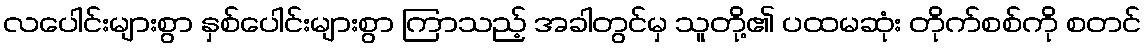
လပေါင်းများစွာ နှစ်ပေါင်းများစွာ ကြာသည့် အခါတွင်မှ သူတို့၏ ပထမဆုံး တိုက်စစ်ကို စတင်